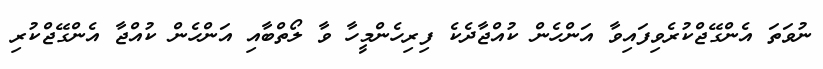
ނުވަތަ އެންގޭޖްކުރެވިފައިވާ އަންހެން ކުއްޖާދެކެ ފިރިހެންމީހާ ވާ ލޯތްބާއި އަންހެން ކުއްޖާ އެންގޭޖްކުރި